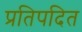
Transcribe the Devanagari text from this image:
प्रतिपदित